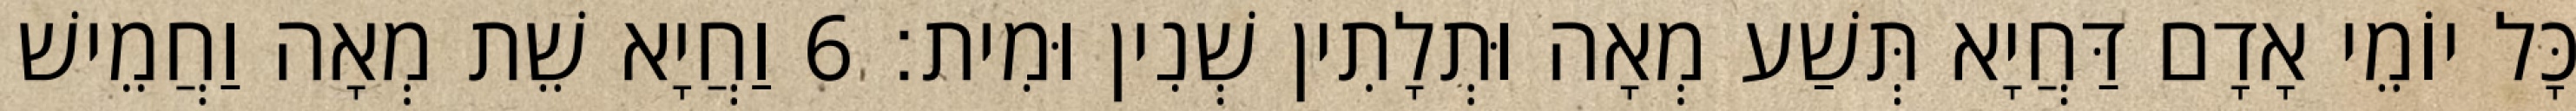
כָּל יוֹמֵי אָדָם דַּחֲיָא תְּשַׁע מְאָה וּתְלָתִין שְׁנִין וּמִית׃ 6 וַחֲיָא שֵׁת מְאָה וַחֲמֵישׁ